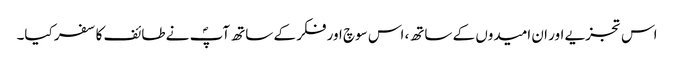
اس تجزیے اور ان امیدوں کے ساتھ، اس سوچ اور فکر کے ساتھ آپؐ نے طائف کا سفر کیا۔